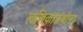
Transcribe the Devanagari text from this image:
लसिकाग्रंथीना